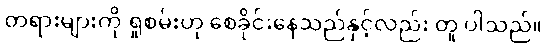
တရားများကို ရှုစမ်းဟု စေခိုင်းနေသည်နှင့်လည်း တူ ပါသည်။